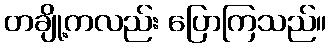
တချို့ကလည်း ပြောကြသည်။